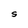
Character: S